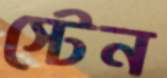
স্টেন